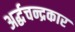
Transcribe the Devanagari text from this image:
अर्द्धचन्द्रकार